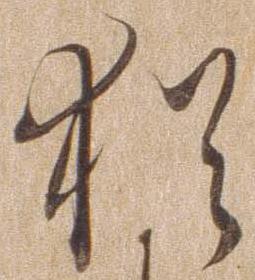
猶